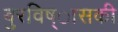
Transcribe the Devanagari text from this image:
बुरविष्ासकी